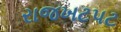
રાજખટપટ